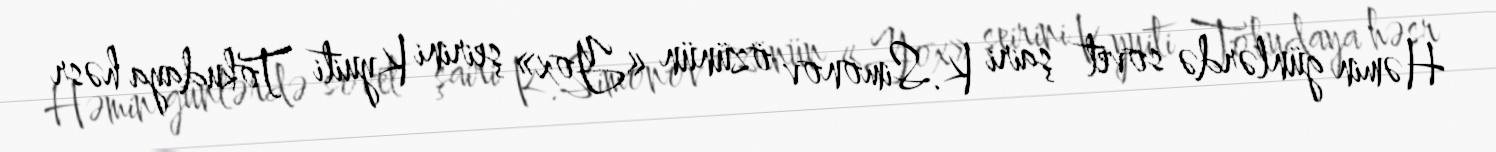
Həmin günlərdə sovet şairi K.Simonov özünün «Yox» şeirini Kyuiti Tokudaya həsr